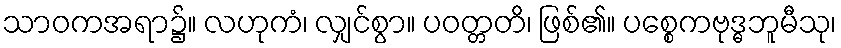
သာဝကအရာ၌။ လဟုကံ၊ လျှင်စွာ။ ပဝတ္တတိ၊ ဖြစ်၏။ ပစ္စေကဗုဒ္ဓဘူမီသု၊